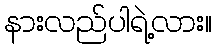
နားလည်ပါရဲ့လား။